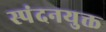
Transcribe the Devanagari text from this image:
स्पंदनयुक्त